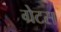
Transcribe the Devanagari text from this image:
ग्रेटस